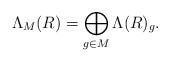
LaTeX: \begin{align*} \Lambda_M(R) = \bigoplus_{g\in M} \Lambda(R)_g.\end{align*}